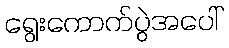
ရွေးကောက်ပွဲအပေါ်